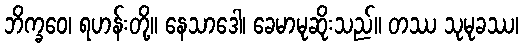
ဘိက္ခဝေ၊ ရဟန်းတို့။ နေသာဒေါ၊ ခေမာမုဆိုးသည်။ တဿ သုမုခဿ၊